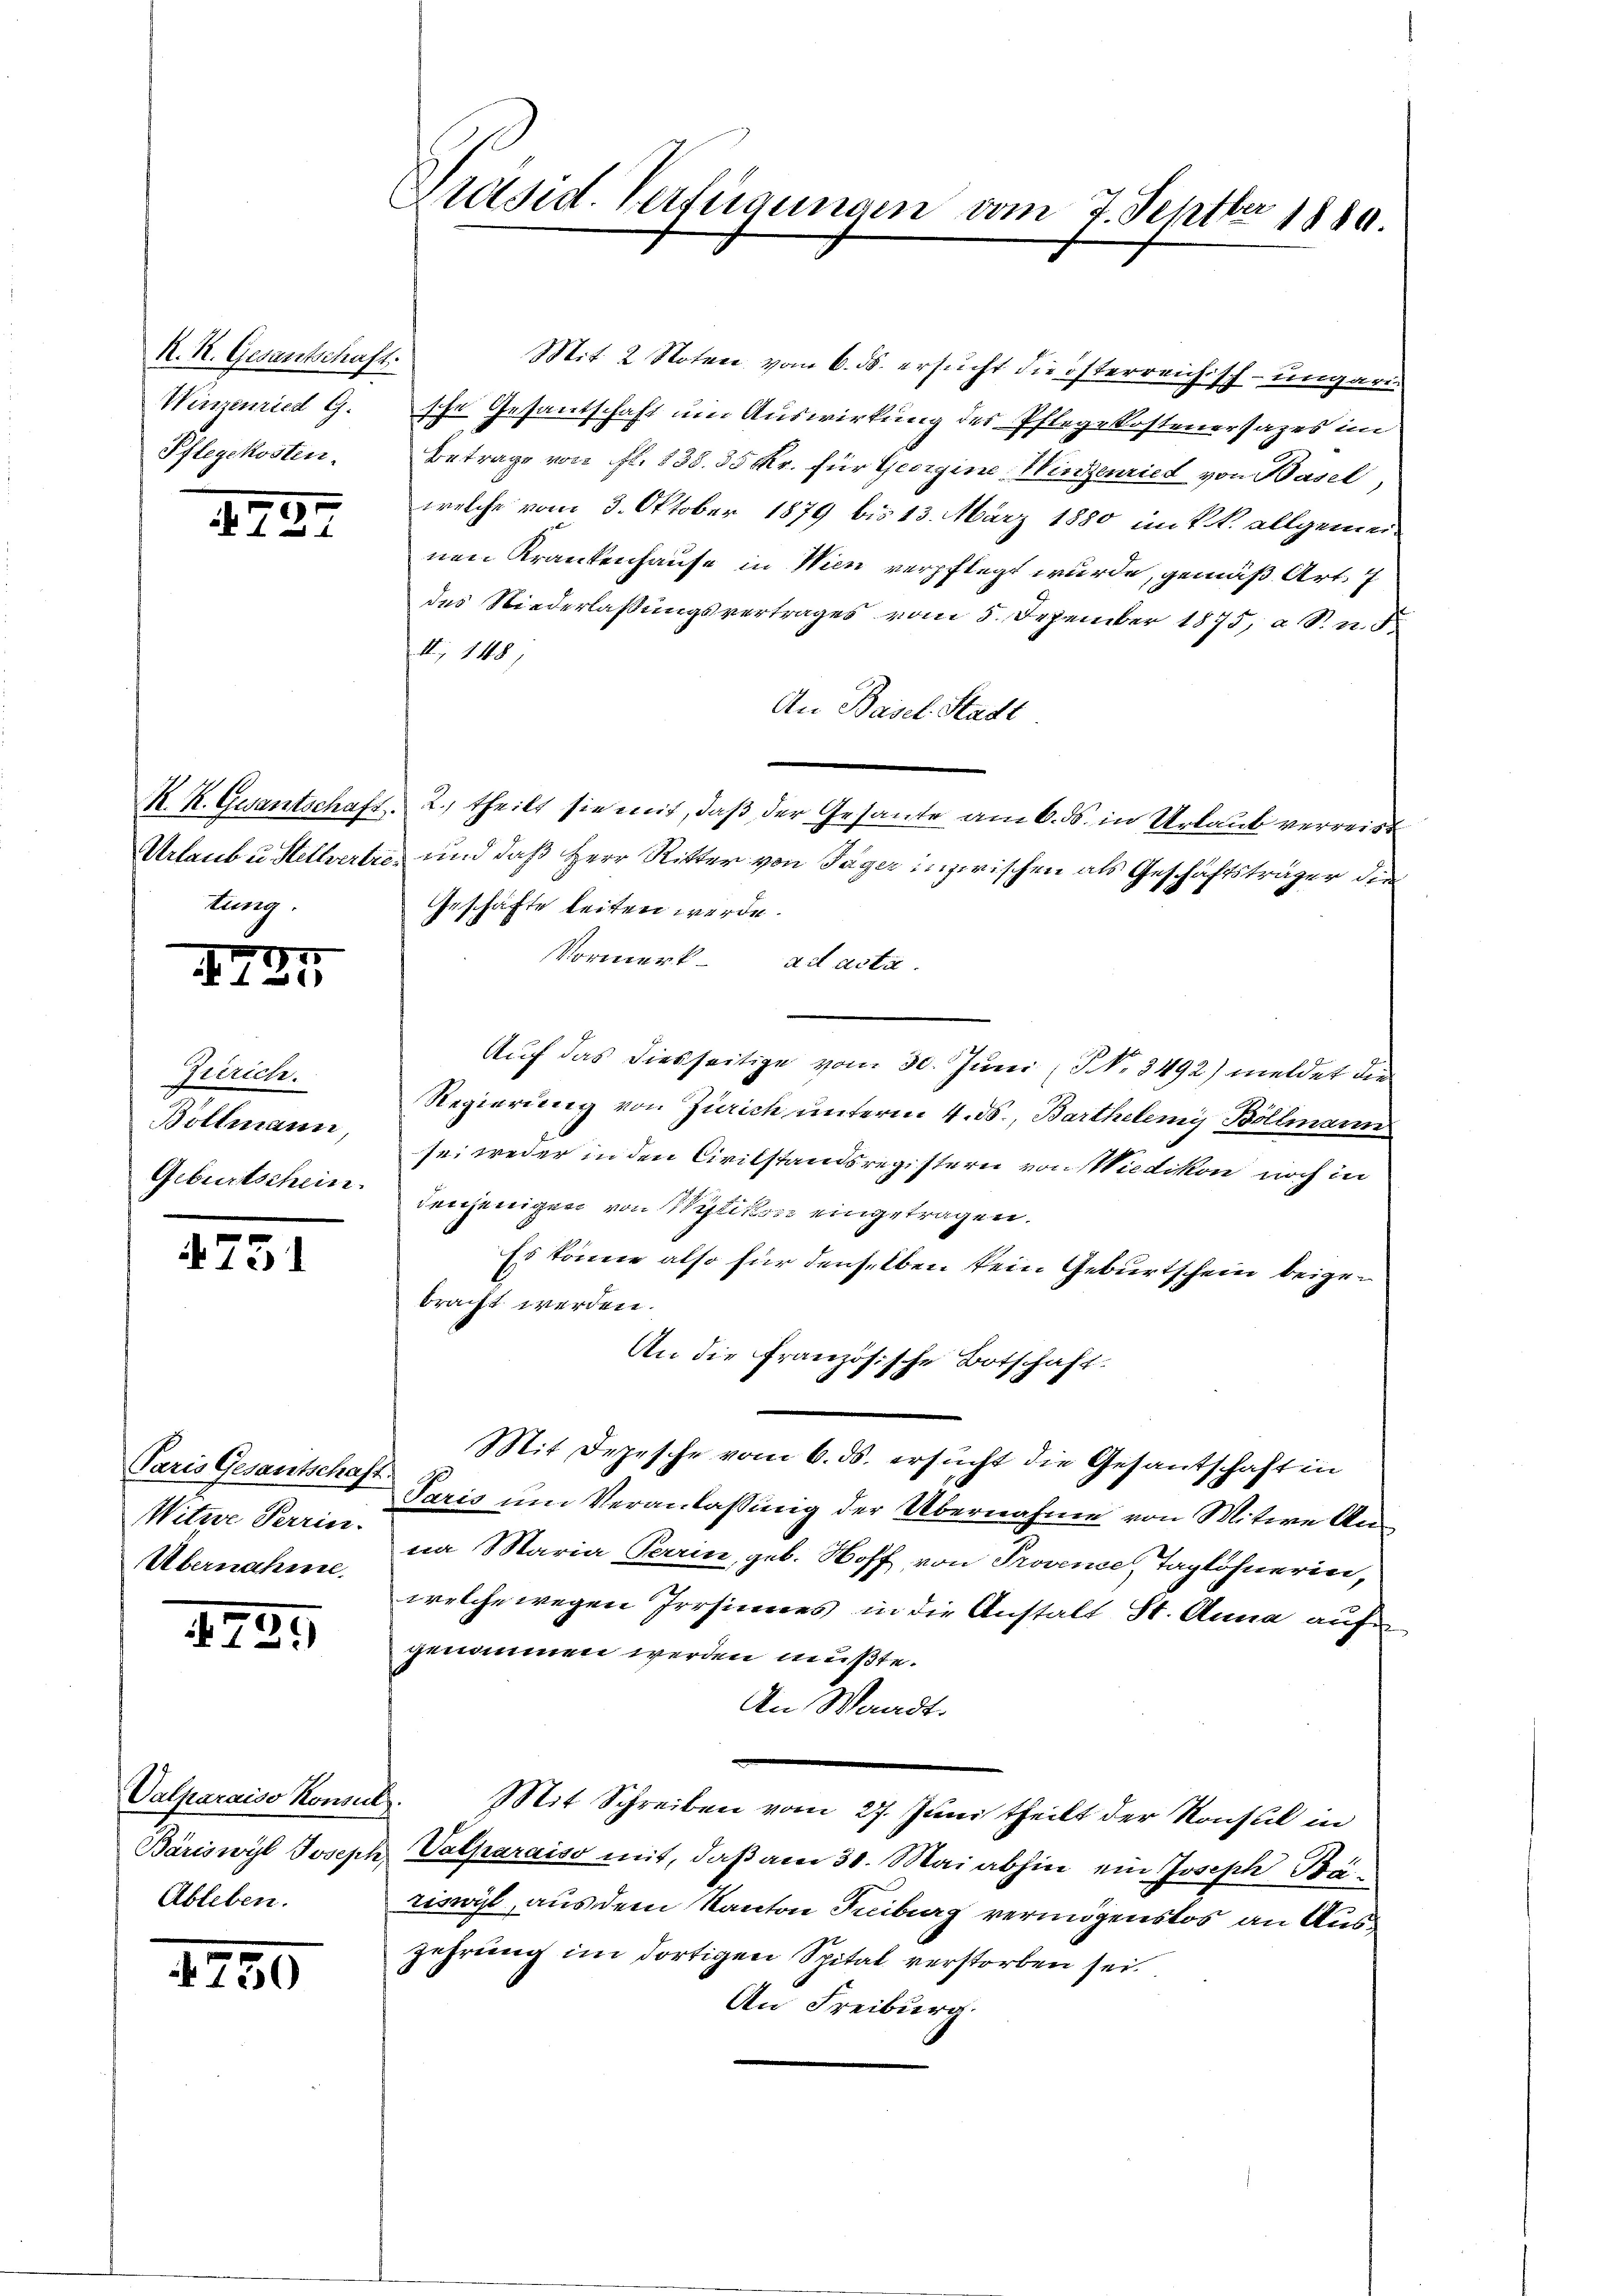
K. K. Gesantschaft.
Winzenried G.
Pflegekosten.

1727

tung.

1727

Zerrich.
Bollmann,
Geburtschein.

4751

Witwe Perrin.
Übernahme.

s
134)

Ableben.

1250

Präsid. Verfügungen vom 7. Septbr 1880.

Mit 2 Noten vom 6. ds. ersucht die österreichisch-ungari
sche Gesandschaft um Auswirkung des Pflegekostenersages im
Betrage von fl. 838. 35 Kr. für Georgine Winzenried von Basel,
welche vom 3. Oktober 1879 bis 13. März 1880 im k. k. allgemeinen Krankenhause in Wien verpflegt wurde, gemäß Art. 7
des Niederlassungsvertrages vom 5. Dezember 1875, a S. n. F.
II, 148,
An Basel-Stadt
K. K. Gesantschaft 2., theilt sie mit, daß der Gesante am 6. ds. in Urlaub verreist
Urlaubu Stellvertre, und daß Herr Ritter von Täger inzwischen als Geschäftsträger die
Geschäfte leiten werde.
Vormerk. ad acta.
Auf das diesseitige vom 30. Juni (NNo. 3492) meldet die
Regierung von Zürich unterm 4. ds., Barthelemy Böllmann
sei weder in den Civilstandsregistern von Wiedikon noch in
denjenigen von Wytikon eingetragen.
Es könne also für denselben kein Geburtschein beigebracht werden.
An die Französische Botschaft.
Mit Depesche vom 6. ds. ersucht die Gesantschaft in
Paris Gesantschaft Paris um Veranlassung der Übernahme von Witwe Anna Maria Perrin, geb. Hoff von Provence, Taglöhnerin,
welche wegen Irrsinnes in die Anstalt St. Anna auf
genommen werden mußte.
An Waadt.
Valparaiso Konsul. Mit Schreiben vom 27. Jŭni theilt der Konsul in
Bäriswyl Joseph Valparaiso mit, daß am 31. Mai abhin ein Joseph Bäriswil, aus dem Kanton Fribourg vermögenslos an Auszehrung im dortigen Spital verstorben sei
An Freiburg.